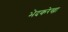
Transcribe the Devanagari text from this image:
भेदकरेखा